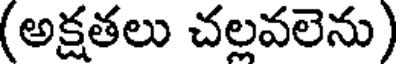
(అక్షతలు చల్లవలెను)